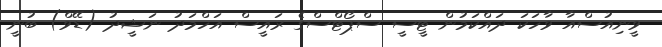
ވީނިއުސްއާ ވާހަކަ ދައްކަމުން ޓީސީ ސްޕޯޓްސްގެ ރައީސް އަހްމަދު ނަޝީދު (ޑޭވް) ބުނީ